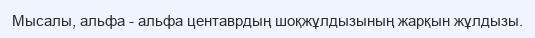
Мысалы, альфа - альфа центаврдың шоқжұлдызының жарқын жұлдызы.